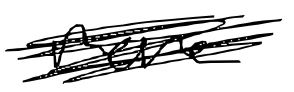
Text: more
Cross-out: scratch
Writing tool: digital_black